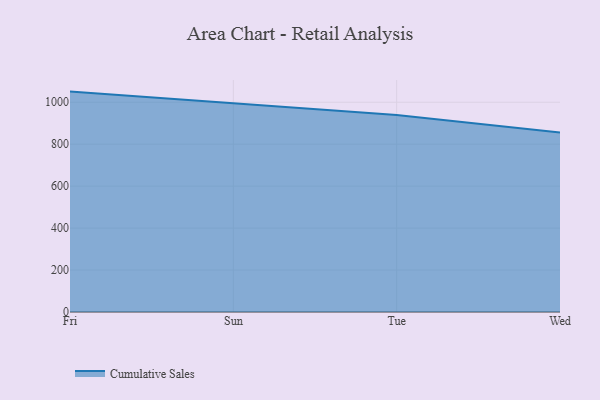
{"axis": {"x": "Day", "y": "Humidity (%)"}, "legend": ["Cumulative Sales"], "data": [{"x": "Fri", "y": 1050.6, "type": "Cumulative Sales"}, {"x": "Sun", "y": 993.5, "type": "Cumulative Sales"}, {"x": "Tue", "y": 938.5, "type": "Cumulative Sales"}, {"x": "Wed", "y": 855.8, "type": "Cumulative Sales"}]}